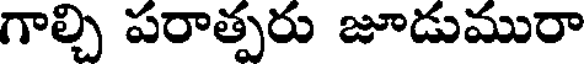
గాల్చి పరాత్పరు జూడుమురా